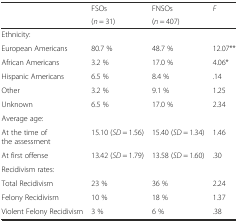
<table><thead><tr><td rowspan="2"></td><td><b>FSOs</b></td><td><b>FNSOs</b></td><td><b><i>F</i></b></td></tr><tr><td><b>(<i>n</i> = 31)</b></td><td><b>(<i>n</i> = 407)</b></td><td></td></tr></thead><tbody><tr><td>Ethnicity:</td><td></td><td></td><td></td></tr><tr><td>European Americans</td><td>80.7 %</td><td>48.7 %</td><td>12.07**</td></tr><tr><td>African Americans</td><td>3.2 %</td><td>17.0 %</td><td>4.06*</td></tr><tr><td>Hispanic Americans</td><td>6.5 %</td><td>8.4 %</td><td>.14</td></tr><tr><td>Other</td><td>3.2 %</td><td>9.1 %</td><td>1.25</td></tr><tr><td>Unknown</td><td>6.5 %</td><td>17.0 %</td><td>2.34</td></tr><tr><td>Average age:</td><td></td><td></td><td></td></tr><tr><td>At the time of the assessment</td><td>15.10 (<i>SD</i> = 1.56)</td><td>15.40 (<i>SD</i> = 1.34)</td><td>1.46</td></tr><tr><td>At first offense</td><td>13.42 (<i>SD</i> = 1.79)</td><td>13.58 (<i>SD</i> = 1.60)</td><td>.30</td></tr><tr><td colspan="4">Recidivism rates:</td></tr><tr><td>Total Recidivism</td><td>23 %</td><td>36 %</td><td>2.24</td></tr><tr><td>Felony Recidivism</td><td>10 %</td><td>18 %</td><td>1.37</td></tr><tr><td>Violent Felony Recidivism</td><td>3 %</td><td>6 %</td><td>.38</td></tr></tbody></table>